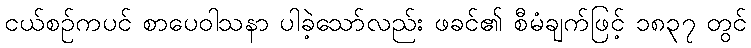
ငယ်စဉ်ကပင် စာပေဝါသနာ ပါခဲ့သော်လည်း ဖခင်၏ စီမံချက်ဖြင့် ၁၈၃၇ တွင်